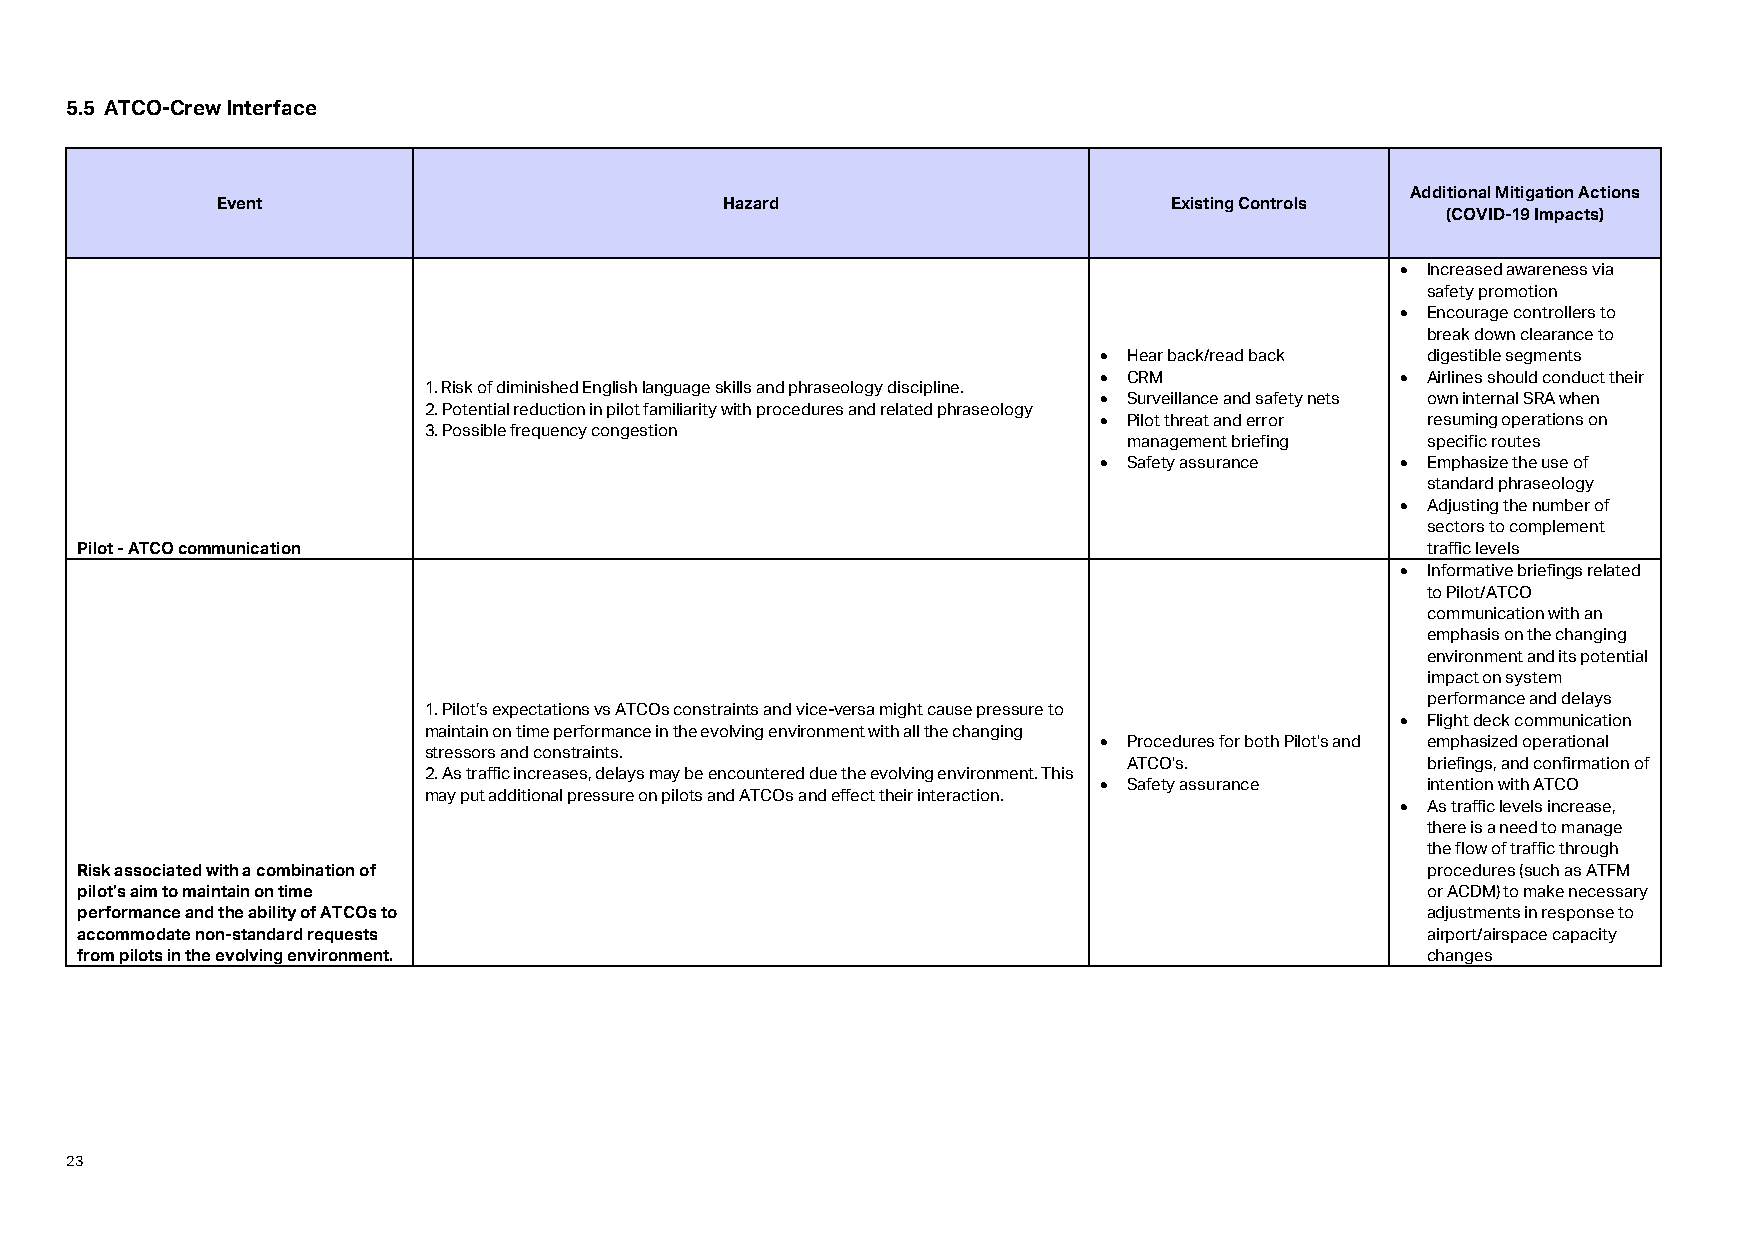
5.5 ATCO-Crew Interface
 Additional Mitigation Actions
 Event                             Hazard                       Existing Controls
 (COVID-19 Impacts)
 • Increased awareness via
 safety promotion
 • Encourage controllers to
 break down clearance to
 • Hear back/read back digestible segments
 • CRM               • Airlines should conduct their
 1. Risk of diminished English language skills and phraseology discipline.
 • Surveillance and safety nets own internal SRA when
 2. Potential reduction in pilot familiarity with procedures and related phraseology
 • Pilot threat and error resuming operations on
 3. Possible frequency congestion
 management briefing specific routes
 • Safety assurance  • Emphasize the use of
 standard phraseology
 • Adjusting the number of
 sectors to complement
 Pilot - ATCO communication                                                               traffic levels
 • Informative briefings related
 to Pilot/ATCO
 communication with an
 emphasis on the changing
 environment and its potential
 impact on system
 performance and delays
 1. Pilot’s expectations vs ATCOs constraints and vice-versa might cause pressure to
 • Flight deck communication
 maintain on time performance in the evolving environment with all the changing
 • Procedures for both Pilot's and emphasized operational
 stressors and constraints.
 ATCO's.            briefings, and confirmation of
 2. As traffic increases, delays may be encountered due the evolving environment. This
 • Safety assurance   intention with ATCO
 may put additional pressure on pilots and ATCOs and effect their interaction.
 • As traffic levels increase,
 there is a need to manage
 the flow of traffic through
 Risk associated with a combination of                                                    procedures (such as ATFM
 pilot’s aim to maintain on time                                                          or ACDM) to make necessary
 performance and the ability of ATCOs to                                                  adjustments in response to
 accommodate non-standard requests                                                        airport/airspace capacity
 from pilots in the evolving environment.                                                 changes
 23